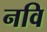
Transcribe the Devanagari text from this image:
नवि